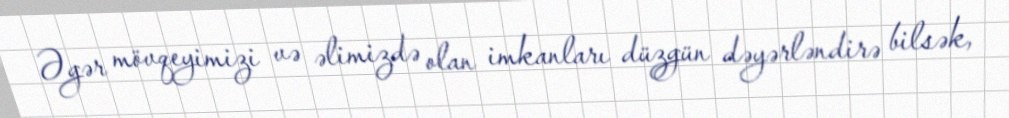
Əgər mövqeyimizi və əlimizdə olan imkanları düzgün dəyərləndirə bilsək,